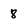
Character: 8